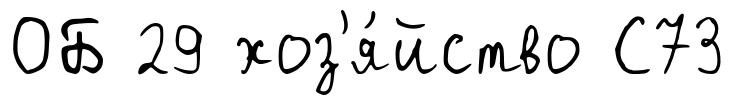
ОБ 29 хоз'я́йство С73